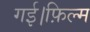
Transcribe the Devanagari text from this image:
गई।फ़िल्म